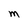
Character: M